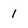
Character: 1